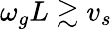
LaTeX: \omega_{g}L\gtrsim v_{s}